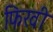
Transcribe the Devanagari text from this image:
फिरवी